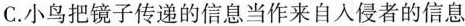
C.小鸟把镜子传递的信息当作来自入侵者的信息